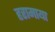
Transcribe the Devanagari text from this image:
हरामाया